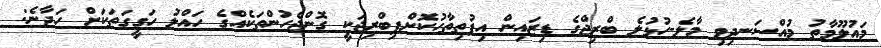
މައުލޫމާތު މުއްސަނދިވި މާލެ-ހުޅުލެ ބްރިޖްގެ ޑިޒައިން އިފުތިތާހުކޮށްފިބްރިޖަކީ ގޮންޖެހުންތަކެއްގެ ހައްލު ހަގީގަތަކަށް ހަދާނެ: